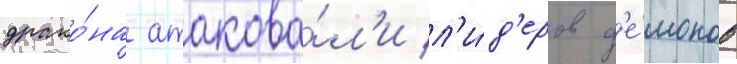
драко́на атакова́л'и л'и́д'еров д'е́монов